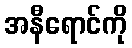
အနီရောင်ကို